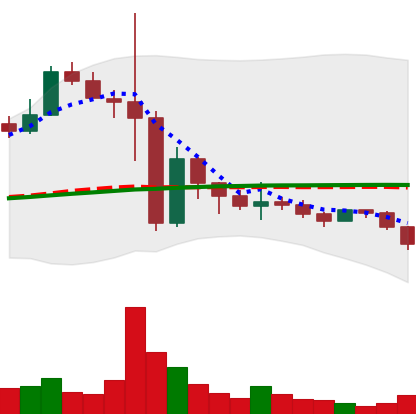
Ticker: BNB-USD
Chart end date: 2022-11-21
Forward return: 22.513%
Label: up_7plus